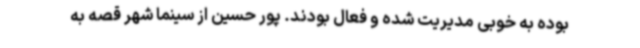
بوده به خوبی مدیریت شده‌ و فعال بودند. پور حسین از سینما شهر قصه به